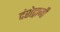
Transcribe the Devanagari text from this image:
दंशेद्गामी